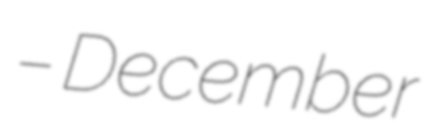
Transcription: – December